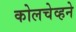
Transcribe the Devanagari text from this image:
कोलचेव्हने